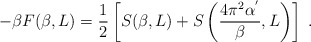
\begin{align*}-\beta F(\beta,L)= \frac{1}{2}\left[S(\beta,L)+ S\left(\frac{4\pi^{2}\alpha^{'}}{\beta},L \right)\right]\;.\end{align*}